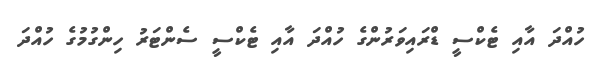
ހުއްދަ އާއި ޓެކްސީ ޑްރައިވަރުންގެ ހުއްދަ އާއި ޓެކްސީ ސެންޓަރު ހިންގުމުގެ ހުއްދަ